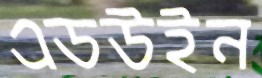
এডউইন